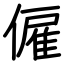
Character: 僱